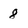
Character: 8